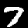
Label: 7